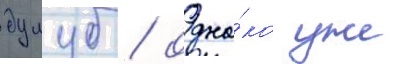
дулуб / одна́ко уже